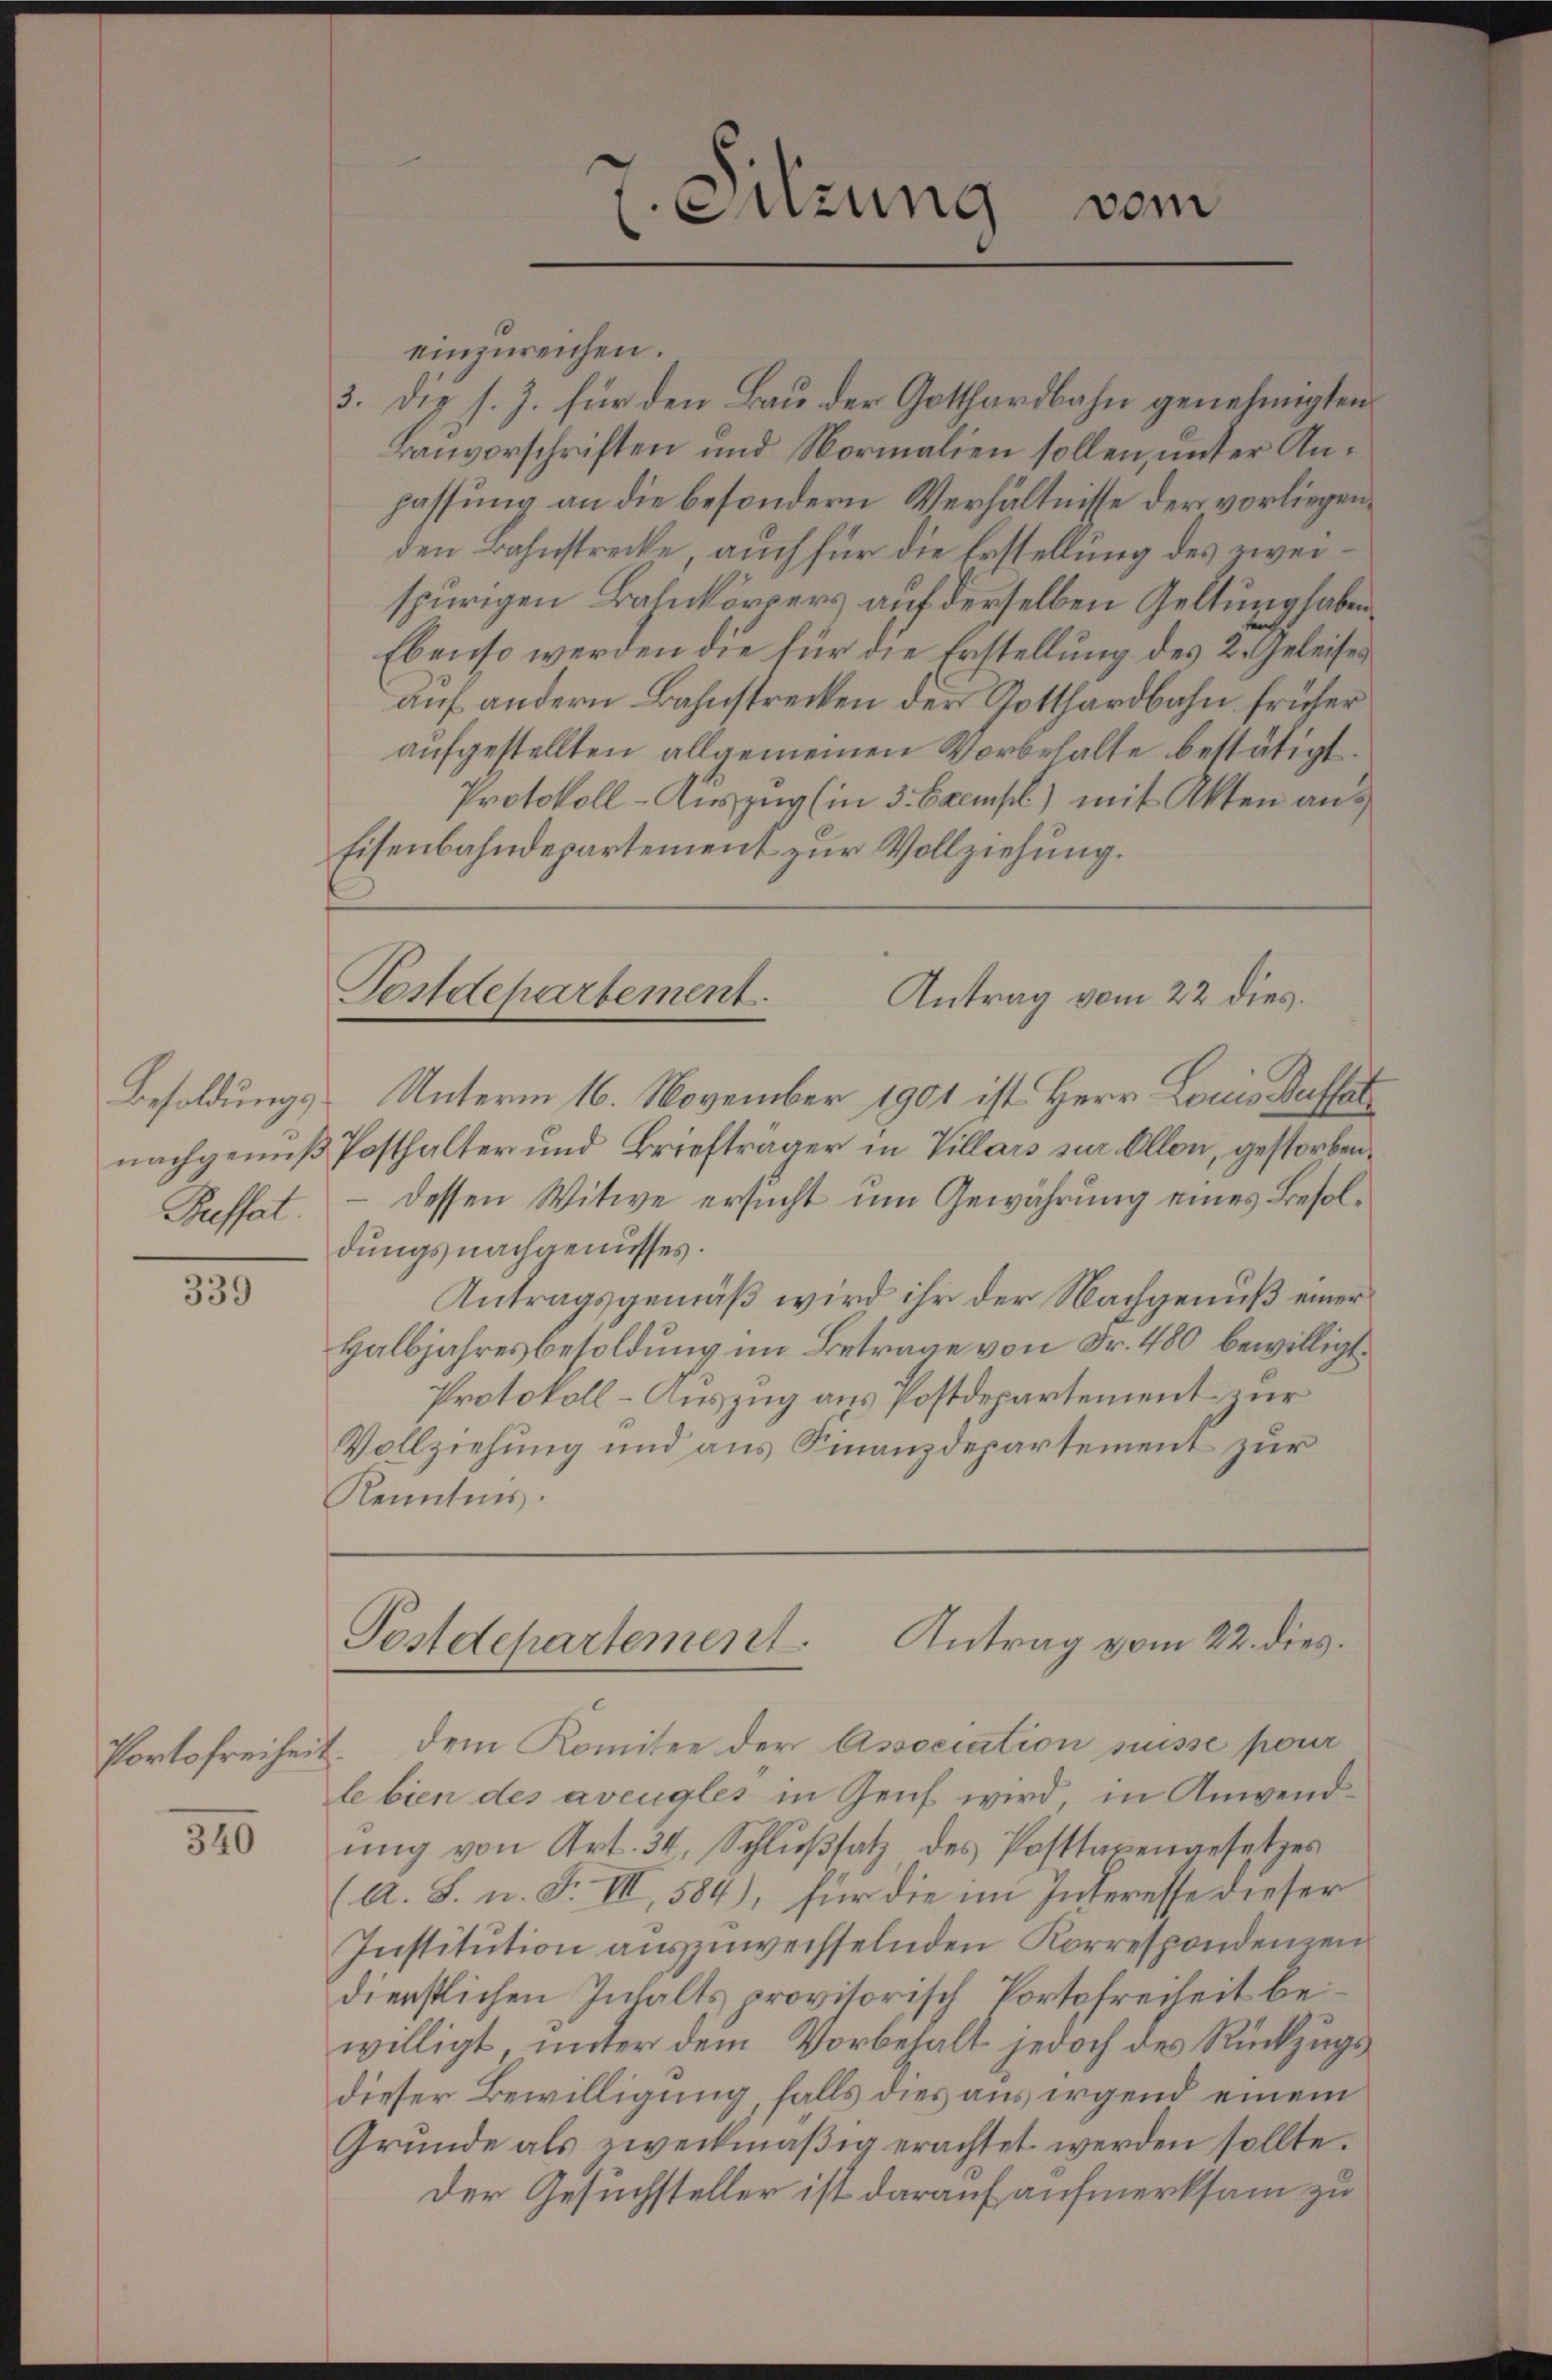
Pufsat

339

Portofreiheit.

340

einzureichen.
3. die s. Z. für den Bau der Gotthardbahn genehmigten
Baŭvorschriften und Normalien sollen, ŭnter An-
passung an die besondern Verhältnisse der vorliegenden Bahnstrecke auch für die Erstellung des zweispurigen Bahnkörpers auf derselben Geltung haben
Ebenso werden die für die Erstellung des 2. Geleises
auf andern Bahnstrecken der Gotthardbahn früher
aufgestellten allgemeinen Vorbehalte bestätigt.
Protokoll-Auszug (in 3 Exempl) mit Akten aus
Eisenbahndepartement zur Vollziehung.
Postdepartement.
Antrag vom 22 dies
Besoldungs Unterm 16. November 1901 ist Herr Louis Bassat
nachgenuß Posthalter und Briefträger in Villars zur Allon, gestorbendessen Witwe ersucht um Gewährung eines Besoldungsnachgenusses.
Antragsgemäß wird ihr der Nachgenuß einer
Halbjahresbesoldung im Betrage von Fr. 480 bewilligt.
Protokoll-Auszug aus Postdepartement zur
Vollziehung und aus Finanzdepartement zur
Kenntnis

vom
Sitzung

Pestdepartement. Antrag vom 22. dies

dem Komitee der Association puisse pour
le bien des avengles in Zens wird in Anwendŭng von Art. 34, Schlŭβsatz des Posttarengesetzes
(A. S. n. F. VIII, 584), für die im Interesse dieser
Institution auszuwechselnden Korrespondenzen
dienstlichen Inhalts provisorisch Portofreiheit bewilligt, unter dem Vorbehalt jedoch des Rückzugsdieser Bewilligung, falls dies aus irgend einem
Grŭnde als zweckmäβig erachtet werden sollte.
Der Gesuchsteller ist darauf aufmerksam zu